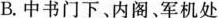
B.中书门下、内阁。军机处